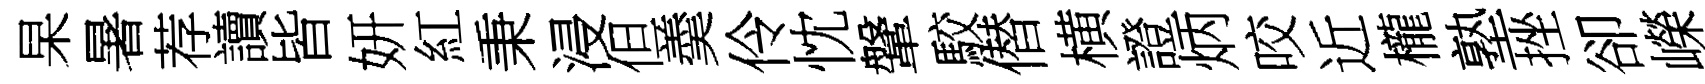
杲暑荐讀皆妍紅秉浸但羮伶忱鞶駮僣横證炳咬近櫳塾挫卻嶸